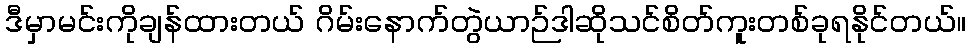
ဒီမှာမင်းကိုချန်ထားတယ် ဂိမ်းနောက်တွဲယာဉ်ဒါဆိုသင်စိတ်ကူးတစ်ခုရနိုင်တယ်။